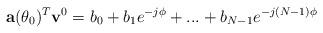
LaTeX: \begin{align*}\mathbf{a}(\theta_{0})^{T}\mathbf{v}^{0}=b_0+b_1e^{-j\phi}+...+b_{N-1}e^{-j(N-1)\phi}\end{align*}